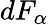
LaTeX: dF_{\alpha}